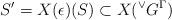
LaTeX: \begin{align*} S' = X(\epsilon)(S) \subset X({^\vee}G^{\Gamma}) \end{align*}